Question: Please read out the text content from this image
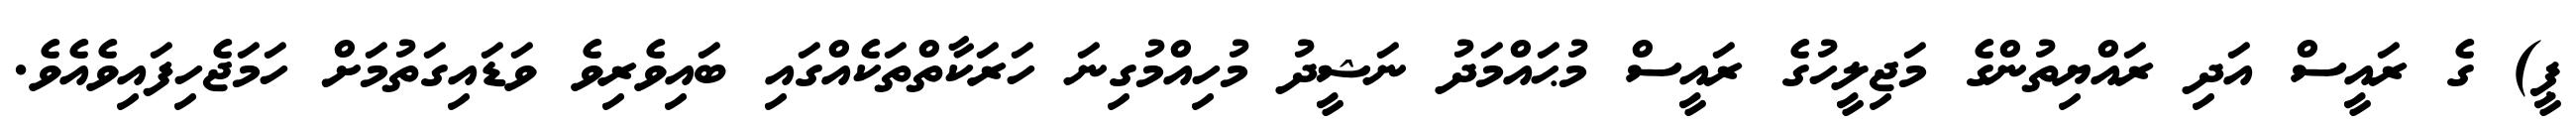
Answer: ޕީ) ގެ ރައީސް އަދި ރައްޔިތުންގެ މަޖިލީހުގެ ރައީސް މުޙައްމަދު ނަޝީދު މުހިއްމުގިނަ ހަރަކާތްތަކެއްގައި ބައިވެރިވެ ވަޑައިގަތުމަށް ހަމަޖެހިފައިވެއެވެ.